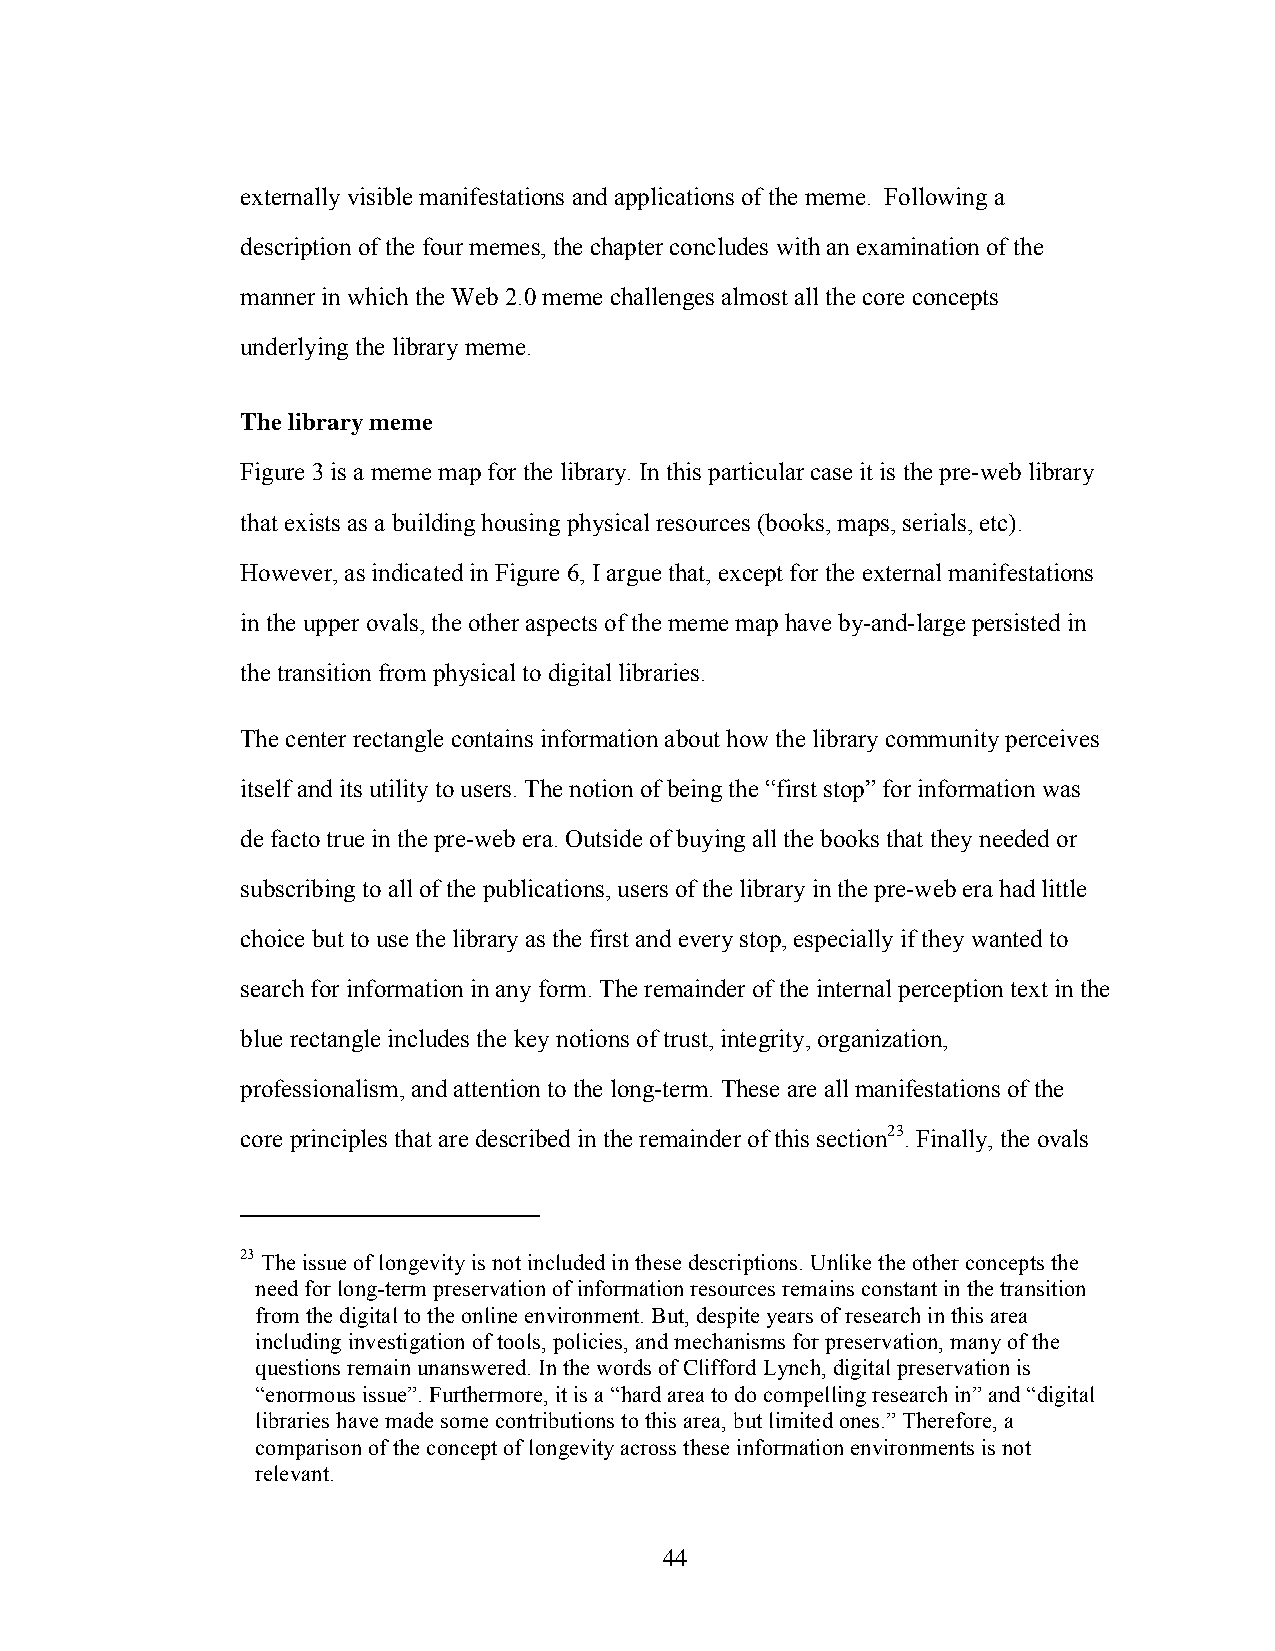
externally visible manifestations and applications of the meme. Following a
 description of the four memes, the chapter concludes with an examination of the
 manner in which the Web 2.0 meme challenges almost all the core concepts
 underlying the library meme.
 The library meme
 Figure 3 is a meme map for the library. In this particular case it is the pre-web library
 that exists as a building housing physical resources (books, maps, serials, etc).
 However, as indicated in Figure 6, I argue that, except for the external manifestations
 in the upper ovals, the other aspects of the meme map have by-and-large persisted in
 the transition from physical to digital libraries.
 The center rectangle contains information about how the library community perceives
 itself and its utility to users. The notion of being the “first stop” for information was
 de facto true in the pre-web era. Outside of buying all the books that they needed or
 subscribing to all of the publications, users of the library in the pre-web era had little
 choice but to use the library as the first and every stop, especially if they wanted to
 search for information in any form. The remainder of the internal perception text in the
 blue rectangle includes the key notions of trust, integrity, organization,
 professionalism, and attention to the long-term. These are all manifestations of the
 core principles that are described in the remainder of this section23. Finally, the ovals
 23 The issue of longevity is not included in these descriptions. Unlike the other concepts the
 need for long-term preservation of information resources remains constant in the transition
 from the digital to the online environment. But, despite years of research in this area
 including investigation of tools, policies, and mechanisms for preservation, many of the
 questions remain unanswered. In the words of Clifford Lynch, digital preservation is
 “enormous issue”. Furthermore, it is a “hard area to do compelling research in” and “digital
 libraries have made some contributions to this area, but limited ones.” Therefore, a
 comparison of the concept of longevity across these information environments is not
 relevant.
 44